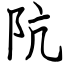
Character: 阬